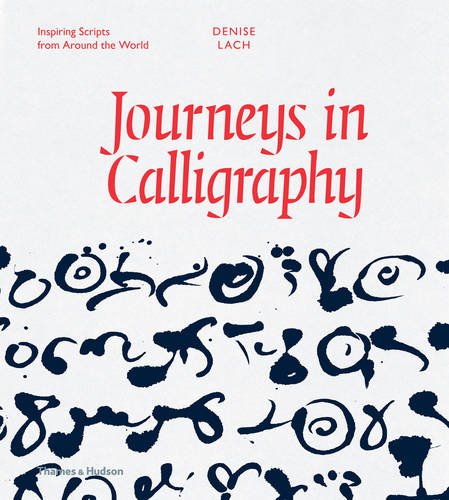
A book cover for Journeys in Calligraphy: Inspiring Scripts from Around the World; Denise Lach; Arts & Photography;